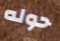
حوله